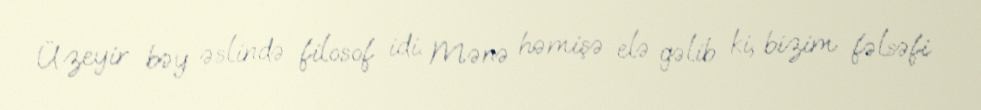
Üzeyir bəy əslində filosof idi. Mənə həmişə elə gəlib ki, bizim fəlsəfi